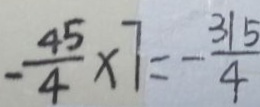
- \frac { 4 5 } { 4 } \times 7 = - \frac { 3 1 5 } { 4 }